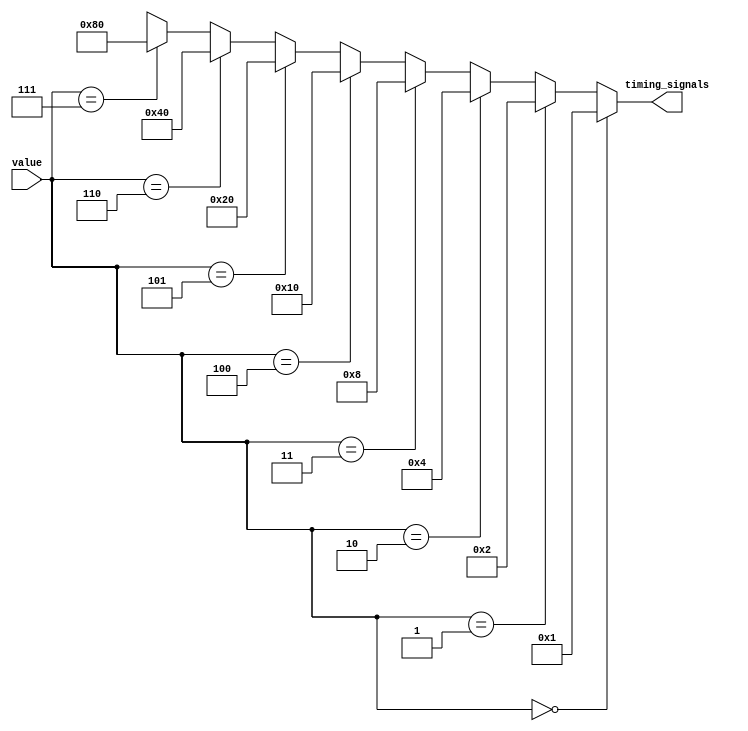
`timescale 1ns / 1ps
//////////////////////////////////////////////////////////////////////////////////
// Company: 
// Engineer: 
// 
// Design Name: 
// Module Name: decoder
// Project Name: 
// Target Devices: 
// Tool Versions: 
// Description: 
// 
// Dependencies: 
// 
// Revision:
// Revision 0.01 - File Created
// Additional Comments:
// 
//////////////////////////////////////////////////////////////////////////////////


module decoder (value, timing_signals);
input [2:0] value;
output wire [7:0] timing_signals;
assign timing_signals =( value == 4'b0000) ? 8'h01:
                       ( value == 4'b0001) ? 8'h02:
                       ( value == 4'b0010) ? 8'h04:
                       ( value == 4'b0011) ? 8'h08:
                       ( value == 4'b0100) ? 8'h10:
                       ( value == 4'b0101) ? 8'h20:
                       ( value == 4'b0110) ? 8'h40:                   
                       ( value == 4'b0111) ? 8'h80: 8'hxx;
                                            
                      endmodule